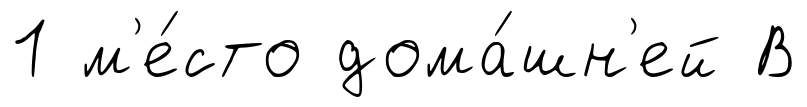
1 м'е́сто дома́шн'ей В